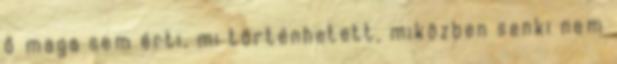
ő maga sem érti, mi történhetett, miközben senki nem